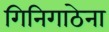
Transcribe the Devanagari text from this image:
गिनिगाठेना